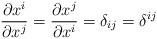
LaTeX: \begin{align*}\frac{\partial x^{i}}{\partial x^{j}}=\frac{\partial x^{j}}{\partial x^{i}}=\delta_{ij}=\delta^{ij}\end{align*}